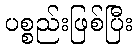
ပစ္စည်းဖြစ်ပြီး